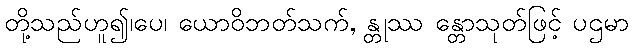
တို့သည်ဟူ၍၊ပေ၊ ယောဝိဘတ်သက်, န္တုဿ န္တောသုတ်ဖြင့် ပဌမာ